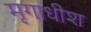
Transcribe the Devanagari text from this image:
मृगाधीश